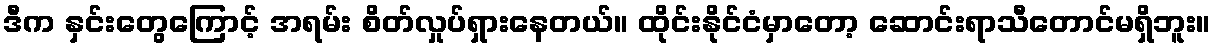
ဒီက နှင်းတွေကြောင့် အရမ်း စိတ်လှုပ်ရှားနေတယ်။ ထိုင်းနိုင်ငံမှာတော့ ဆောင်းရာသီတောင်မရှိဘူး။